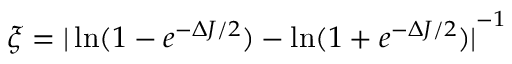
\xi = { | \ln ( 1 - e ^ { - \Delta J / 2 } ) - \ln ( 1 + e ^ { - \Delta J / 2 } ) | } ^ { - 1 }